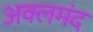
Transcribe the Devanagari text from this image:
अक्लमंद